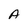
Character: A